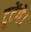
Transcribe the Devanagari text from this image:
टूटेंगे।